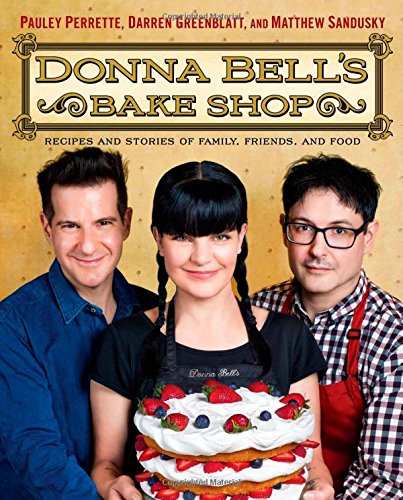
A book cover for Donna Bell's Bake Shop: Recipes and Stories of Family, Friends, and Food; Pauley Perrette; Cookbooks, Food & Wine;